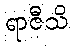
ရာဇီသိ